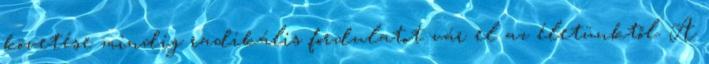
követése mindig radikális fordulatot vár el az életünktől. A